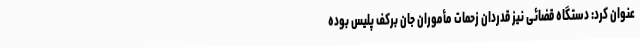
عنوان کرد: دستگاه قضائی نیز قدردان زحمات مأموران جان برکف پلیس بوده